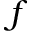
f